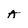
Character: A